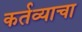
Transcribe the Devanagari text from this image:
कर्तव्याचा